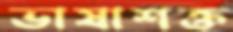
ভাষাশক্ত